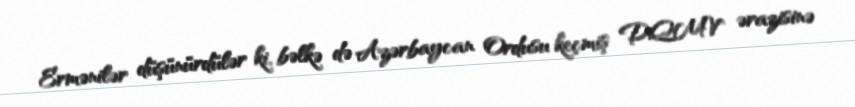
Ermənilər düşünürdülər ki, bəlkə də Azərbaycan Ordusu keçmiş DQMV ərazisinə